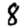
Digit: 8